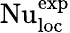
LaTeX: \mathrm{Nu}_{\textrm{loc}}^{\textrm{exp}}